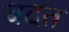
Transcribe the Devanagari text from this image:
बदत